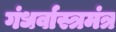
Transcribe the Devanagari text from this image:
गंधर्वास्त्रमंत्र